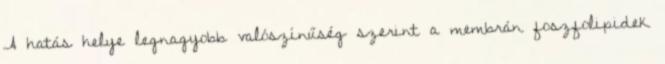
A hatás helye legnagyobb valószínűség szerint a membrán foszfolipidek